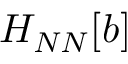
H _ { N N } [ b ]